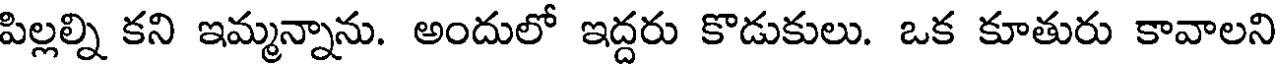
పిల్లల్ని కని ఇమ్మన్నాను. అందులో ఇద్దరు కొడుకులు. ఒక కూతురు కావాలని